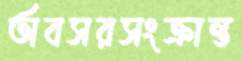
অবসরসংক্রান্ত